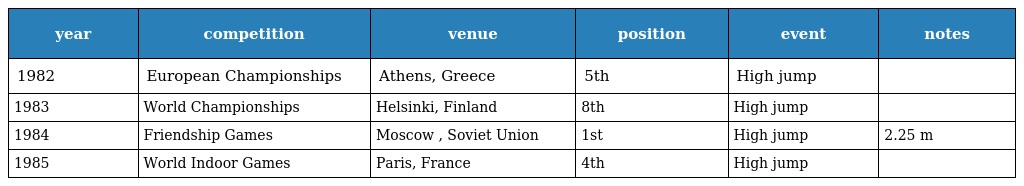
| year | competition | venue | position | event | notes |
 | --- | --- | --- | --- | --- | --- |
 | 1982 | European Championships | Athens, Greece | 5th | High jump |  |
 | 1983 | World Championships | Helsinki, Finland | 8th | High jump |  |
 | 1984 | Friendship Games | Moscow , Soviet Union | 1st | High jump | 2.25 m |
 | 1985 | World Indoor Games | Paris, France | 4th | High jump |  |